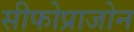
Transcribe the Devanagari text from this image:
सीफोप्राजोन